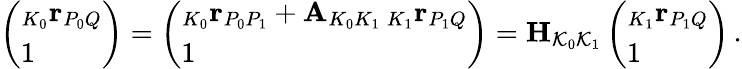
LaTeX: \left(\begin{array}{l}{_{K_{0}}\mathbf r_{P_{0}Q}}\\ {1}\end{array}\right)=\left(\begin{array}{l}{_{K_{0}}\mathbf r_{P_{0}P_{1}}+\mathbf A_{K_{0}K_{1}}\, _{K_{1}}\mathbf r_{P_{1}Q}}\\ {1}\end{array}\right)=\mathbf H_{\mathcal{K}_{0}\mathcal{K}_{1}}\left(\begin{array}{l}{_{K_{1}}\mathbf r_{P_{1}Q}}\\ {1}\end{array}\right)\, .